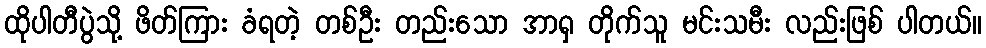
ထိုပါတီပွဲသို့ ဖိတ်ကြား ခံရတဲ့ တစ်ဦး တည်းသော အာရှ တိုက်သူ မင်းသမီး လည်းဖြစ် ပါတယ်။